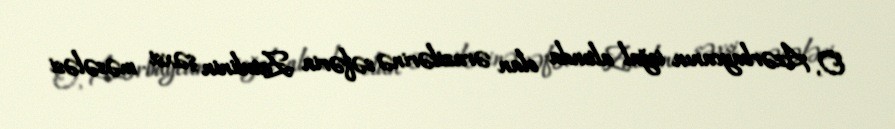
O, Azərbaycanın işğal altında olan ərazilərinə səfərin Zatulinin şəxsi məsələsi